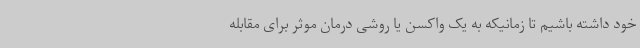
خود داشته باشیم تا زمانیکه به یک واکسن یا روشی درمان موثر برای مقابله